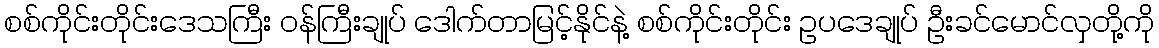
စစ်ကိုင်းတိုင်းဒေသကြီး ဝန်ကြီးချုပ် ဒေါက်တာမြင့်နိုင်နဲ့ စစ်ကိုင်းတိုင်း ဥပဒေချုပ် ဦးခင်မောင်လှတို့ကို